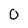
Character: O